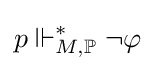
p\Vdash _{M,\mathbb {P} }^{*}\neg \varphi